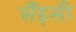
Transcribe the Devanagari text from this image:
सँड़सी